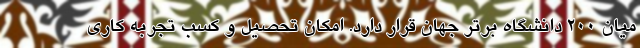
میان ۲۰۰ دانشگاه برتر جهان قرار دارد. امکان تحصیل و کسب تجربه کاری